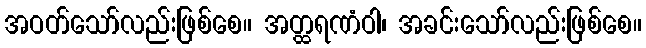
အဝတ်သော်လည်းဖြစ်စေ။ အတ္ထရဏံဝါ၊ အခင်းသော်လည်းဖြစ်စေ။